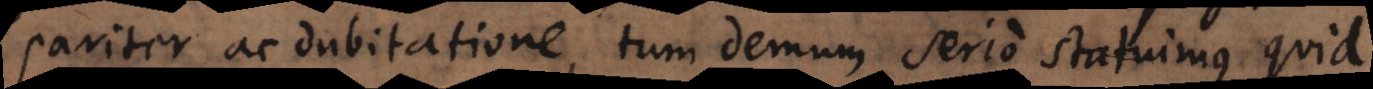
pariter ac dubitatione, tum demum serio statuimus quid